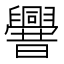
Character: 𰯼